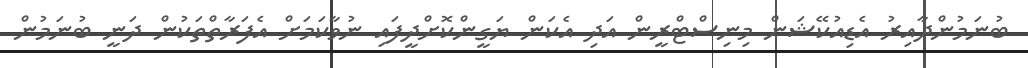
ބުނަމުންދާއިރު އެޑިއުކޭޝަން މިނިސްޓްރީން އަދި އެކަން ޔަގީންކޮށްދީފައި ނުވާކަމަށް އެފަރާތްތަކުން ދަނީ ބުނަމުން